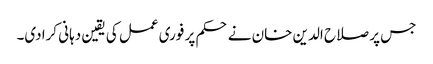
جس پر صلاح الدین خان نے حکم پر فوری عمل کی یقین دہانی کرادی۔